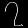
Digit: ၇